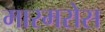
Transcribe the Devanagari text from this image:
मारमरोस